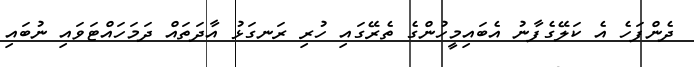
ދެންފަހެ އެ ކަލޭގެފާނު އެބައިމީހުންގެ ތެރޭގައި ހުރި ރަނގަޅު އާދަތައް ދަމަހައްޓަވައި ނުބައި